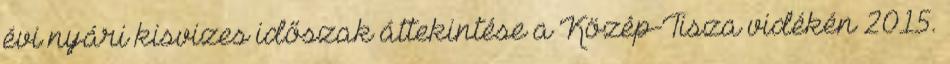
évi nyári kisvizes időszak áttekintése a Közép-Tisza vidékén 2015.